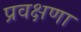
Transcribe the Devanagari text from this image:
प्रवक्षणा